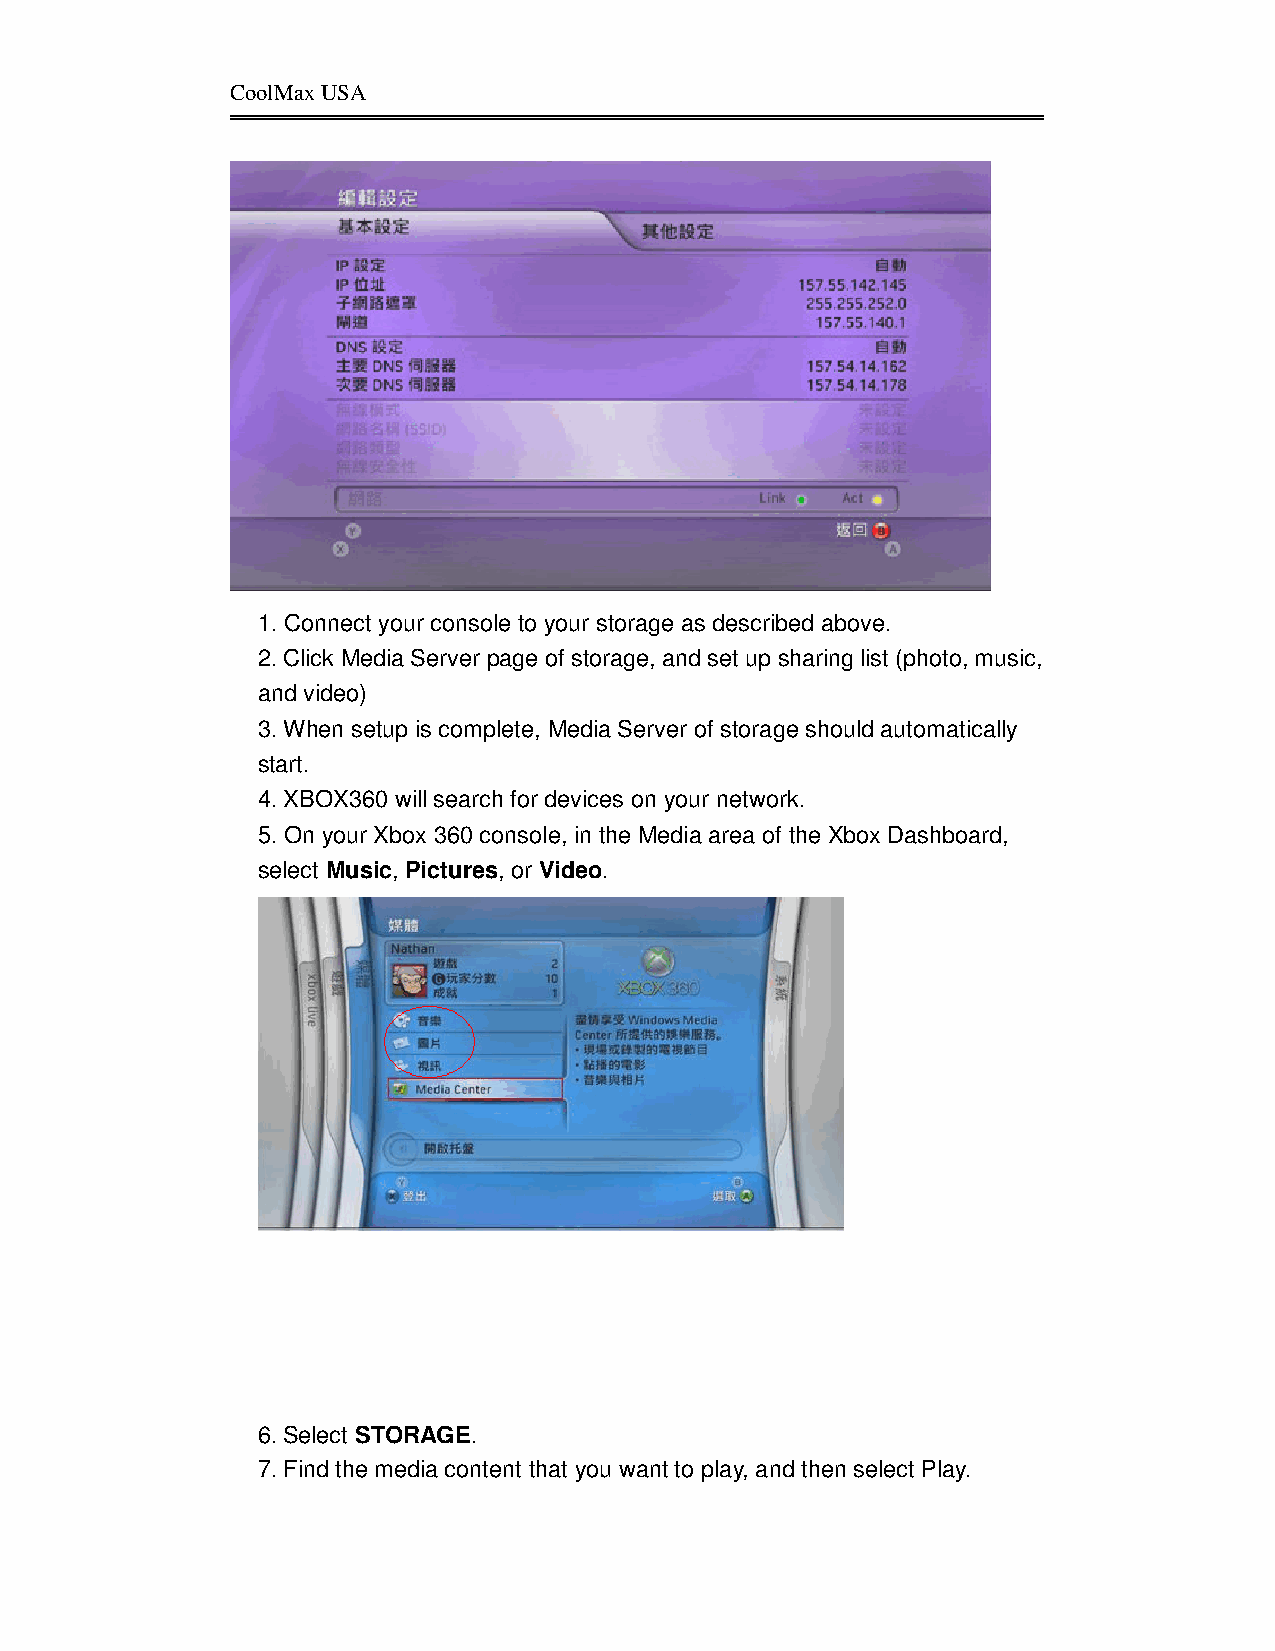
CoolMax USA
 1. Connect your console to your storage as described above.
 2. Click Media Server page of storage, and set up sharing list (photo, music,
 and video)
 3. When setup is complete, Media Server of storage should automatically
 start.
 4. XBOX360 will search for devices on your network.
 5. On your Xbox 360 console, in the Media area of the Xbox Dashboard,
 select Music, Pictures, or Video.
 6. Select STORAGE.
 7. Find the media content that you want to play, and then select Play.